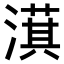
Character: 𣾁